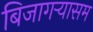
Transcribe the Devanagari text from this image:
बिजागऱ्यासम